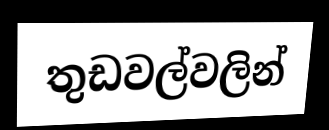
තුඩවල්වලින්